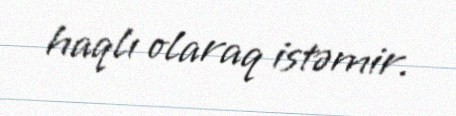
haqlı olaraq istəmir.